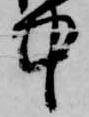
中